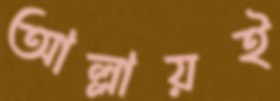
আল্লায়ই